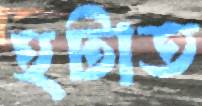
হটাত